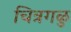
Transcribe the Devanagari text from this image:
चित्रगळु